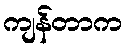
ကျန်တာက